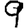
Digit: 9